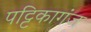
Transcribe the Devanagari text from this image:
पट्टिकागंज